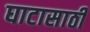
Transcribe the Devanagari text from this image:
घाटासाठी